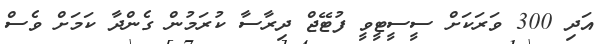
އަދި 300 ވަރަކަށް ސީސީޓީވީ ފުޓޭޖް ދިރާސާ ކުރަމުން ގެންދާ ކަމަށް ވެސް